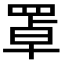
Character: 罩